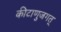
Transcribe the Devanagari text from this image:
कीटाणुजगत्